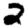
Digit: 2